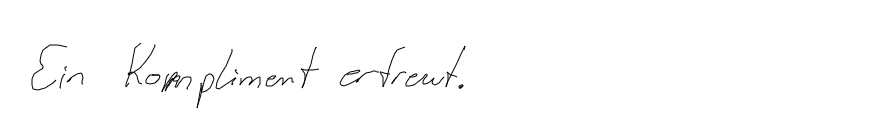
Ein Kompliment erfreut.